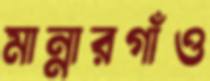
মান্নারগাঁও